331_120752_Numeric_Files_1944–1945_37153_German_Armament_Equipment_Documents
Agency: Department of War
Incident date: 3/18/45
Incident location: Germany
Page 2
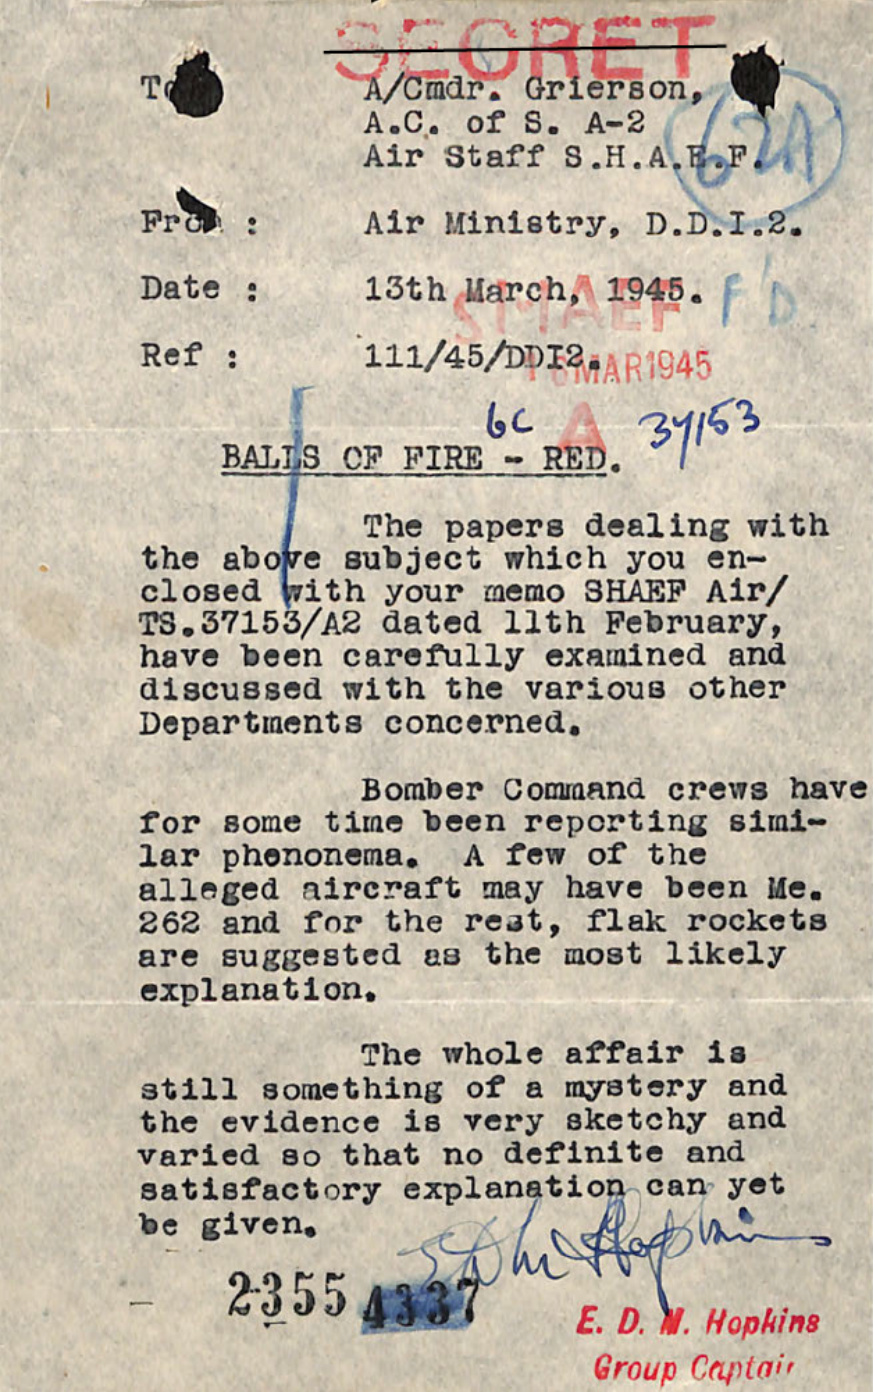